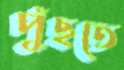
পুঁছতে